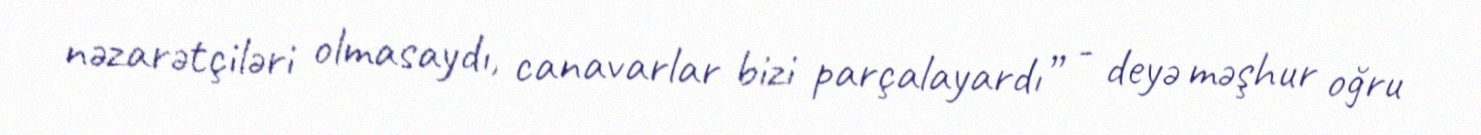
nəzarətçiləri olmasaydı, canavarlar bizi parçalayardı” - deyə məşhur oğru